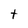
Character: t